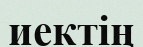
иектің